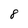
Character: 8